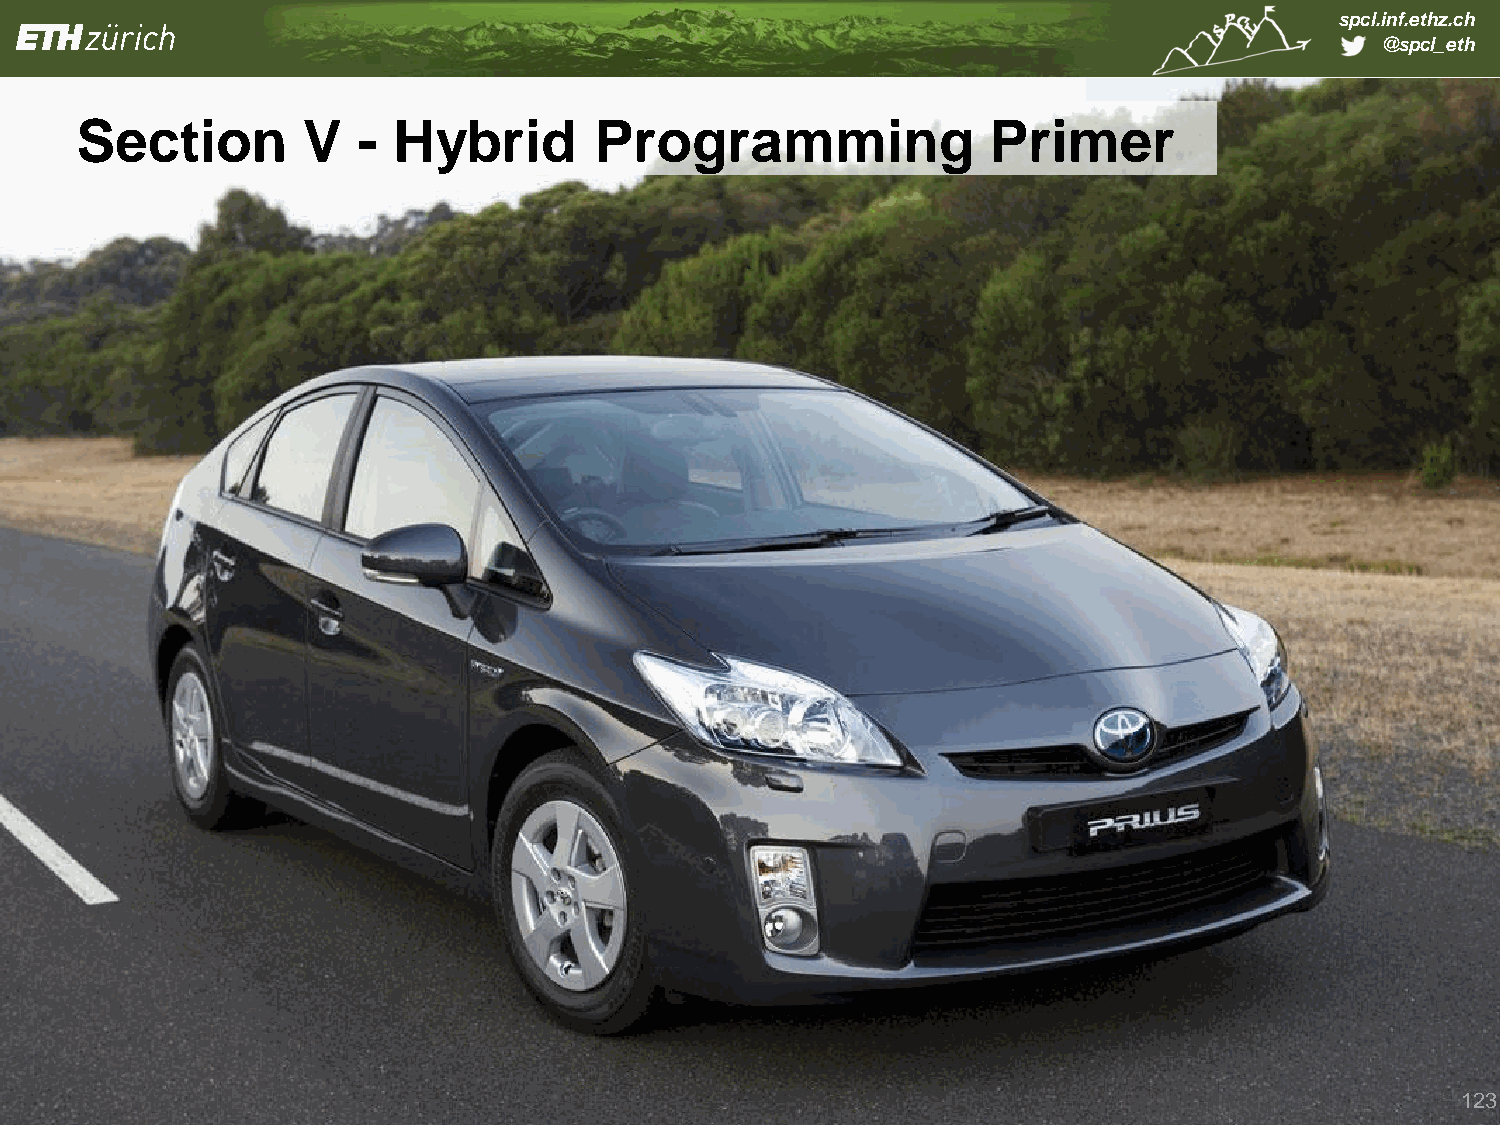
spcl.inf.ethz.ch
 @spcl_eth
 Section        V   - Hybrid       Programming                Primer
 123